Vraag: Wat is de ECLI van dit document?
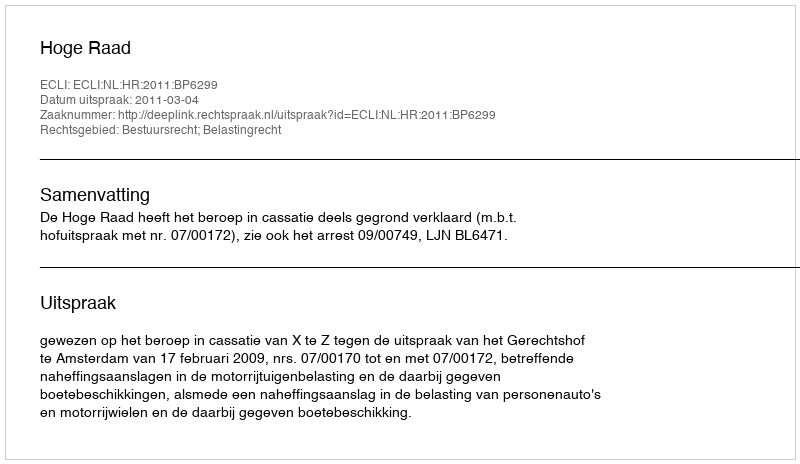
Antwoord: ECLI:NL:HR:2011:BP6299